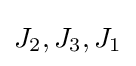
\displaystyle J_{2},J_{3},J_{1}